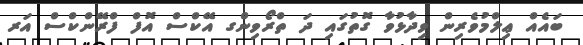
ބައެއް ޢިލްމުވެރިން ވިދާޅުވާ ގޮތުގައި ދަ ތްރޯވިންގ އޭކްސް އޮފް ފްރޭންކްސް އަރ